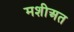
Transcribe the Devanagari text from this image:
मशीअत